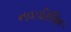
નવપરિણિત